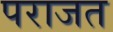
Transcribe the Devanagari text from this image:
पराजत